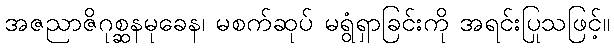
အဇညာဇိဂုစ္ဆနမုခေန၊ မစက်ဆုပ် မရွံရှာခြင်းကို အရင်းပြုသဖြင့်။